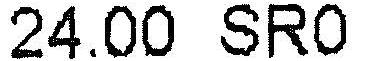
24.00 SR0